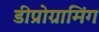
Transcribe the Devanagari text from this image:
डीप्रोग्रामिंग